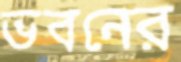
ভবনের